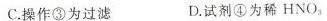
C.操作③为过滤 D.试剂④为稀HNO_{3}